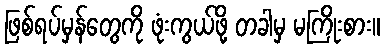
ဖြစ်ရပ်မှန်တွေကို ဖုံးကွယ်ဖို့ တခါမှ မကြိုးစား။